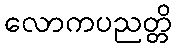
လောကပညတ္တိ